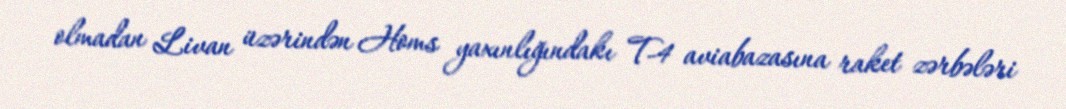
olmadan Livan üzərindən Homs yaxınlığındakı T-4 aviabazasına raket zərbələri